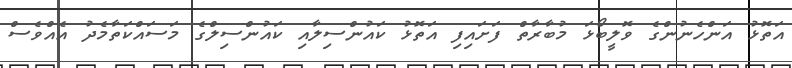
އަތޮޅު އަންހެނުންގެ ވޮލީބޯޅަ މުބާރާތް ފަށައިފި އަތޮޅު ކައުންސިލާއި ކައުންސިލްގެ މަސައްކަތާމެދު އެއްވެސް